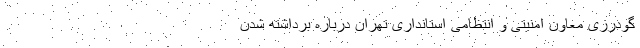
گودرزی معاون امنیتی و انتظامی استانداری تهران درباره برداشته شدن